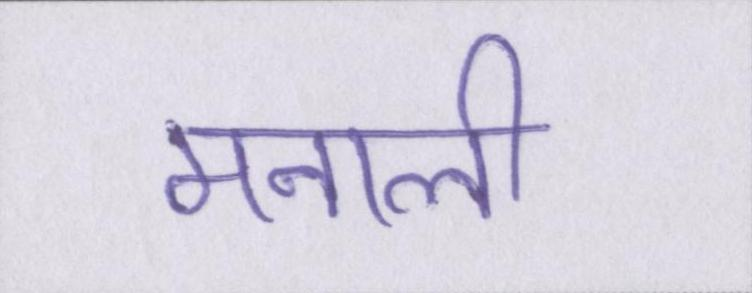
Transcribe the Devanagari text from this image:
मनाली